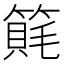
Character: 𥲨